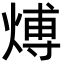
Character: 煿